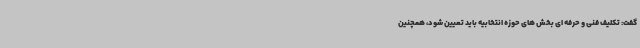
گفت: تکلیف فنی و حرفه ای بخش های حوزه انتخابیه باید تعیین شود، همچنین